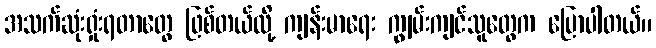
အသက်ဆုံးရှုံးရတာတွေ ဖြစ်တယ်လို့ ကျန်းမာရေး ကျွမ်းကျင်သူတွေက ပြောပါတယ်။